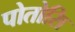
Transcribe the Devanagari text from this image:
पोतोसि